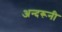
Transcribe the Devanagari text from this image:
अन्‍दरूनी